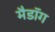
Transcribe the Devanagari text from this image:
मैडॉग